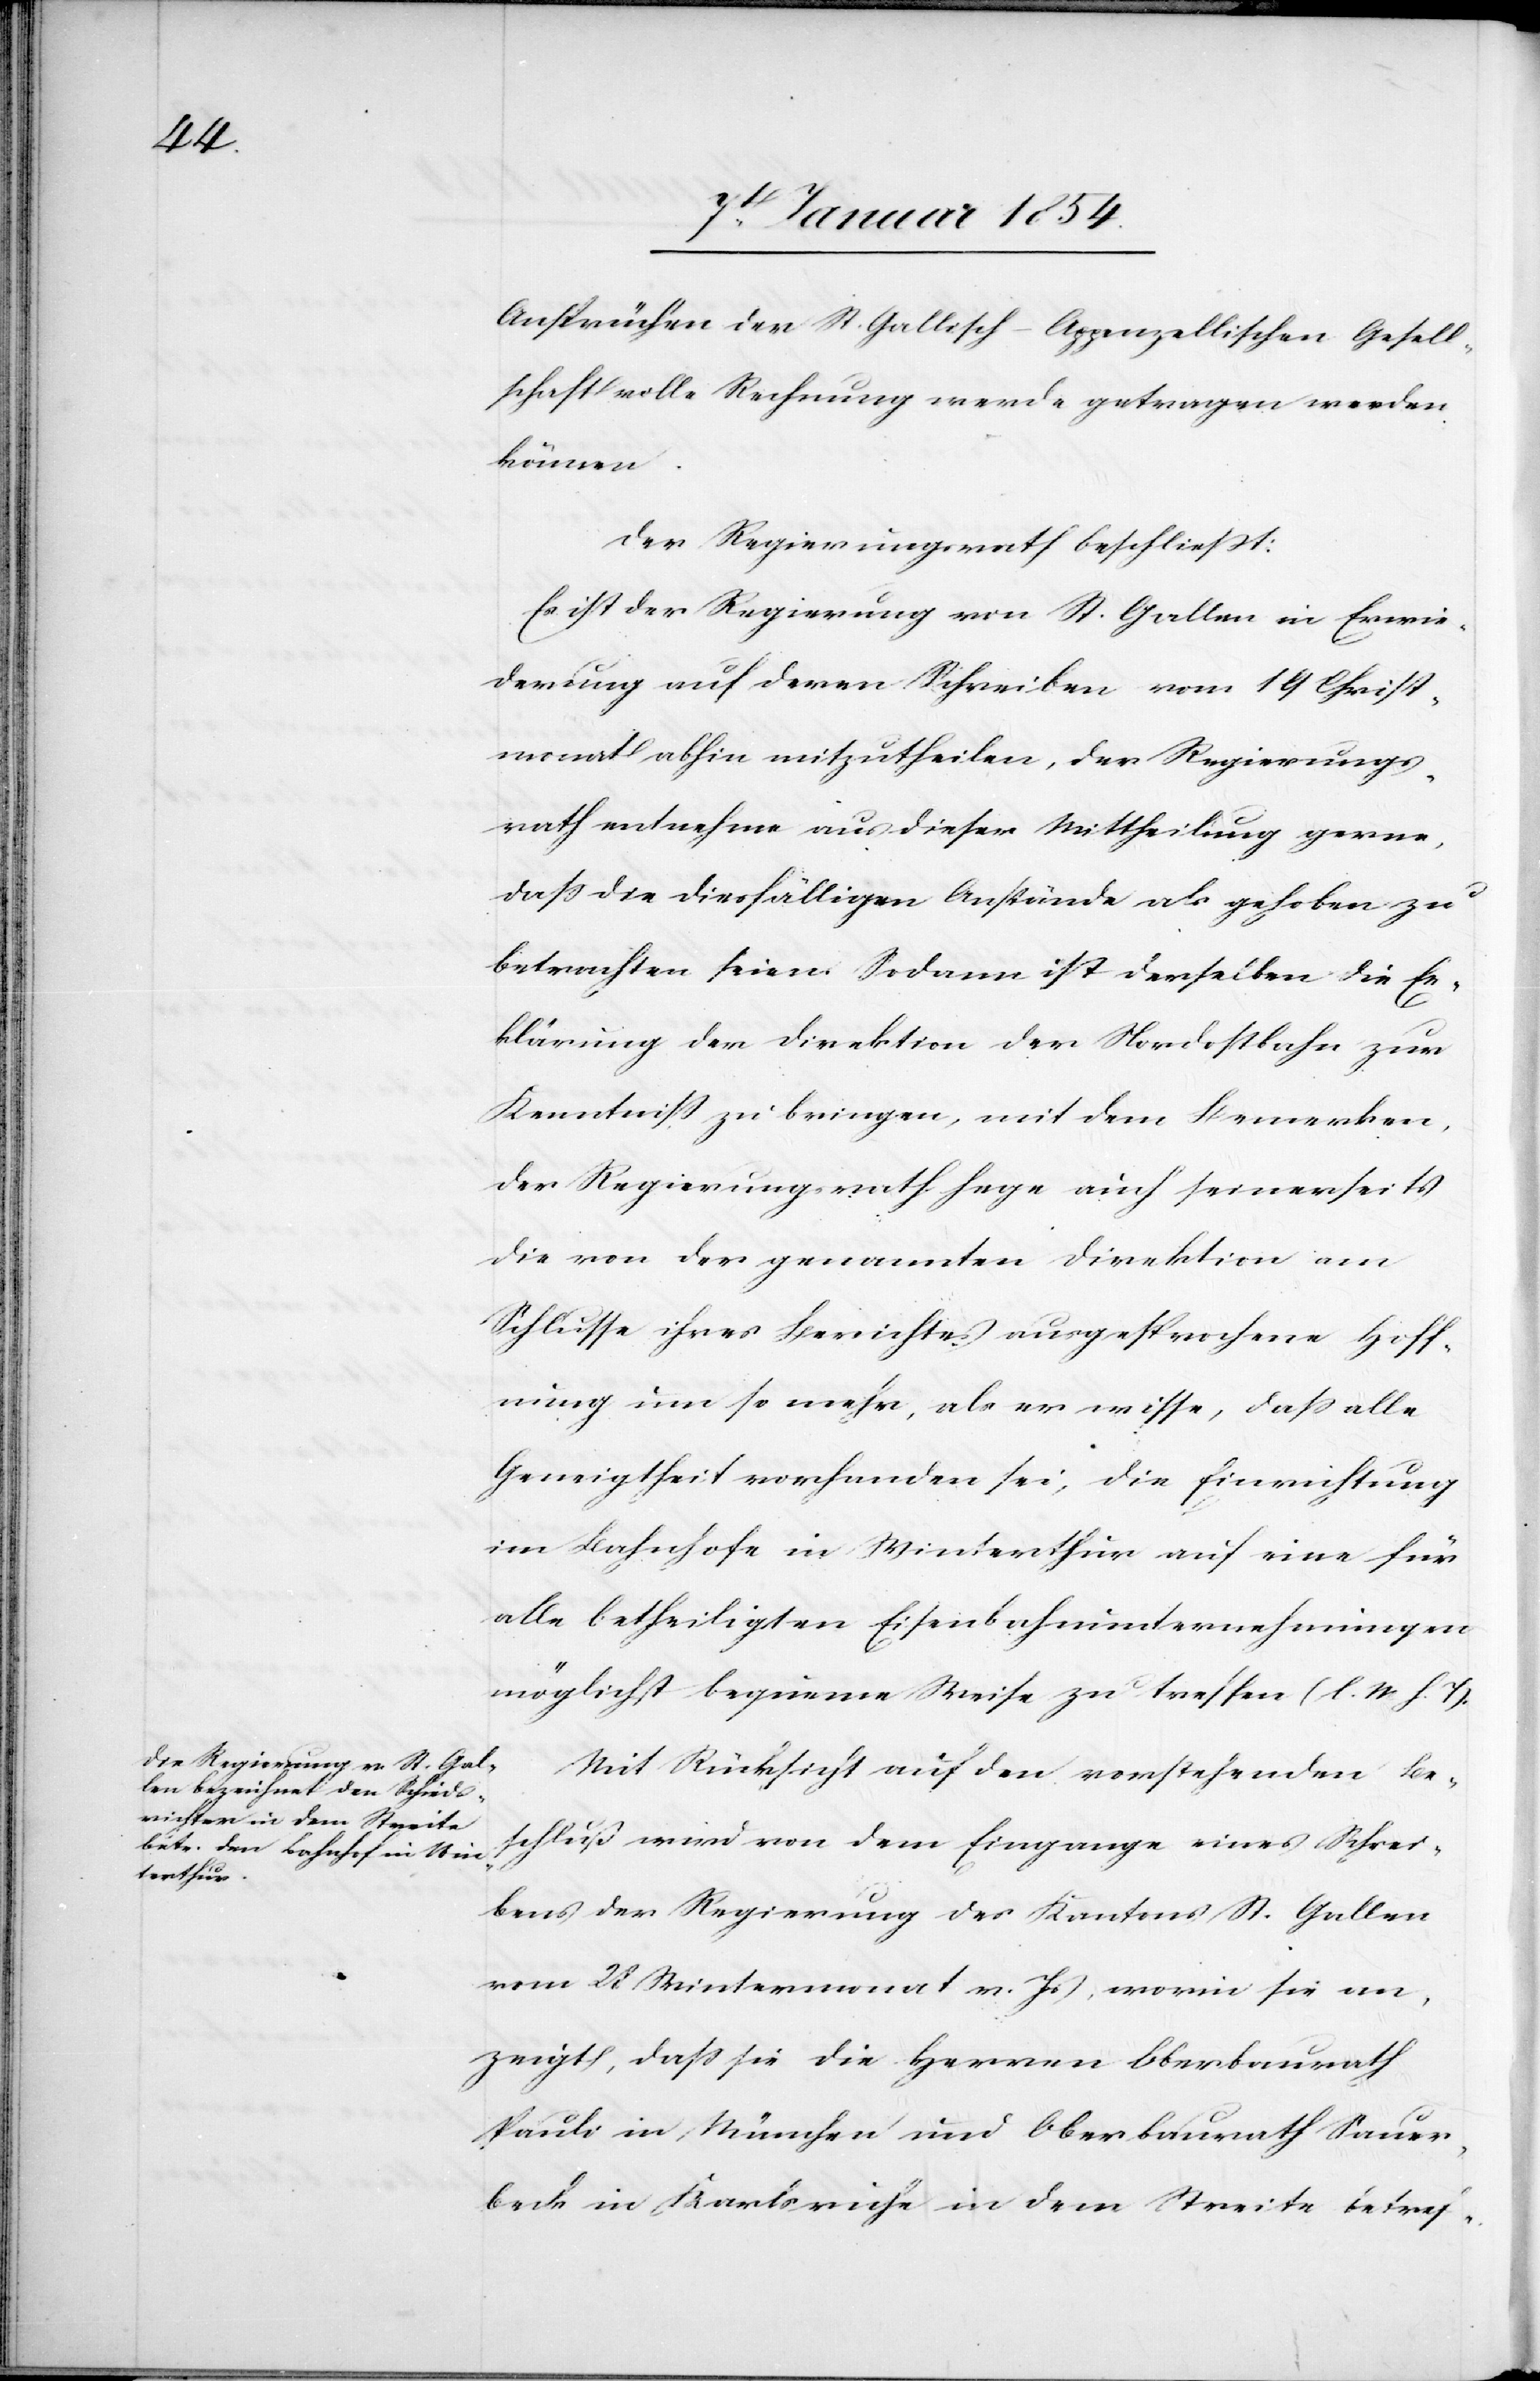
Ansprüchen der St. Gallisch-Appenzellischen Gesell¬
schaft volle Rechnung werde getragen werden
können.
Der Regierungsrath beschließt:
Es ist der Regierung von St. Gallen in Erwie¬
derung auf deren Schreiben vom 19 Christ¬
monat abhin mitzutheilen, der Regierungs¬
rath entnehme aus dieser Mittheilung gerne,
daß die diesfälligen Anstände als gehoben zu
betrachten seien. Sodann ist derselben die Er¬
klärung der Direktion der Nordostbahn zur
Kenntniß zu bringen, mit dem Anmerken,
der Regierungsrath hege auch seinerseits
die von der genannten Direktion am
Schlusse ihres Berichtes ausgesprochene Hoff¬
nung um so mehr, als er wisse, daß alle
Geneigtheit vorhanden sei, die Einrichtung
im Bahnhofe in Winterthur auf eine für
alle betheiligten Eisenbahnunternehmungen
möglichst bequeme Weise zu treffen (l. M. h. T).
Mit Rücksicht auf den vorstehenden Be¬
schluß wird von dem Eingange eines Schrei¬
bens der Regierung des Kantons St. Gallen
vom 28 Wintermonat v. Js, worin sie an¬
zeigt, daß sie die Herren Oberbaurath
Pauli in München und Oberbaurath Sauer¬
beck in Karlsruhe in dem Streite betref-